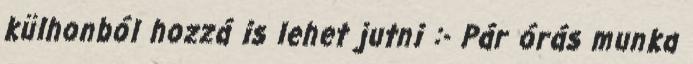
külhonból hozzá is lehet jutni :- Pár órás munka